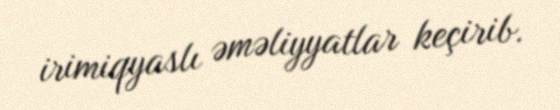
irimiqyaslı əməliyyatlar keçirib.